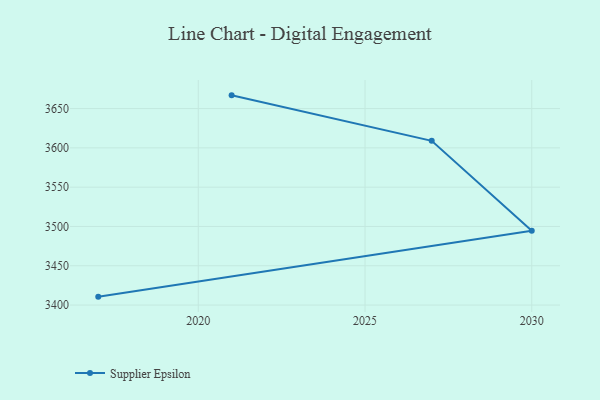
{"axis": {"x": "Year", "y": "Churn Rate (%)"}, "legend": ["Supplier Epsilon"], "data": [{"x": "2017", "y": 3410.7, "type": "Supplier Epsilon"}, {"x": "2030", "y": 3494.4, "type": "Supplier Epsilon"}, {"x": "2027", "y": 3608.9, "type": "Supplier Epsilon"}, {"x": "2021", "y": 3666.8, "type": "Supplier Epsilon"}]}